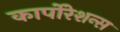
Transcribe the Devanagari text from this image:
कार्पोरेशन्स